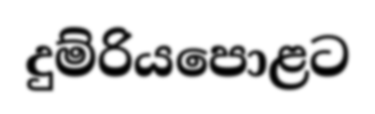
දුම්රියපොළට